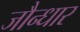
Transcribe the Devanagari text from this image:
जौन्धार